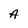
Character: A